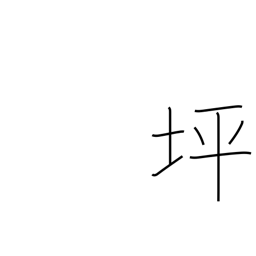
Meaning: approx. thirty-six sq ft